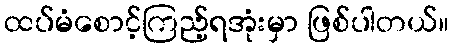
ထပ်မံစောင့်ကြည့်ရအုံးမှာ ဖြစ်ပါတယ်။